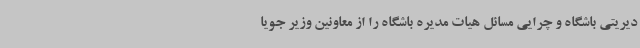
دیریتی باشگاه و چرایی مسائل هیات مدیره باشگاه را از معاونین وزیر جویا